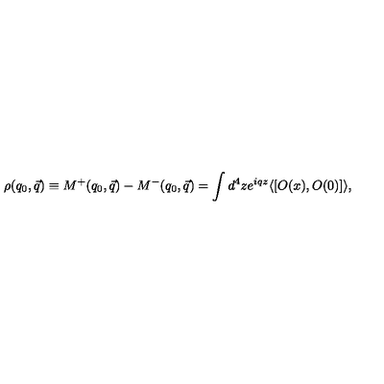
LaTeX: \rho ( q _ { 0 } , \vec { q } ) \equiv M ^ { + } ( q _ { 0 } , \vec { q } ) - M ^ { - } ( q _ { 0 } , \vec { q } ) \nonumber = \int d ^ { 4 } z e ^ { i q z } \langle [ O ( x ) , O ( 0 ) ] \rangle ,